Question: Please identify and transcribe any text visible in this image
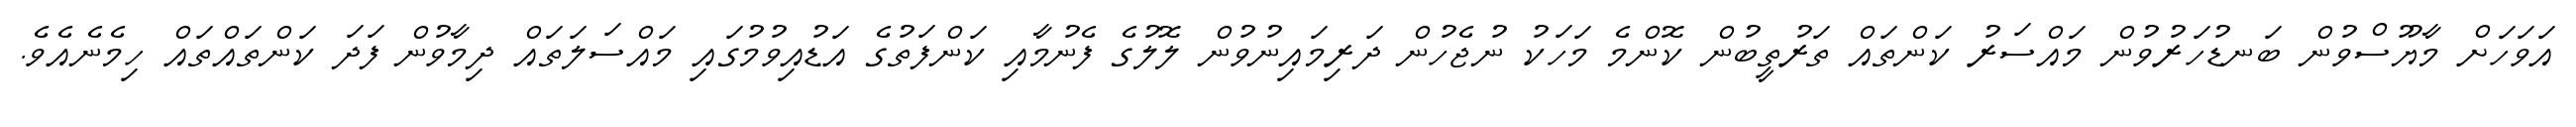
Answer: އަވަހަށް މާޔޫސްވުން ބަނޑުހަރުވުން މައްސަރު ކަންތައް ތަރުތީބުން ކޮންމެ މަހަކު ނުޖެހުން ދަރިމައިނުވުން ލޮލުގެ ފެނުމާއި ކަންފަތުގެ އަޑުއިވުމުގައި މައްސަލަތައް ދިމާވުން ފަދަ ކަންތައްތައް ހިމެނެއެވެ.